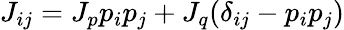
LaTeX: J_{ij}=J_{p}p_{i}p_{j}+J_{q}(\delta_{ij}-p_{i}p_{j})